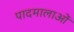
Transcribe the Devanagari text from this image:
पादमालाओं